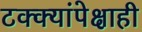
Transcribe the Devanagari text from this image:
टक्क्यांपेक्षाही